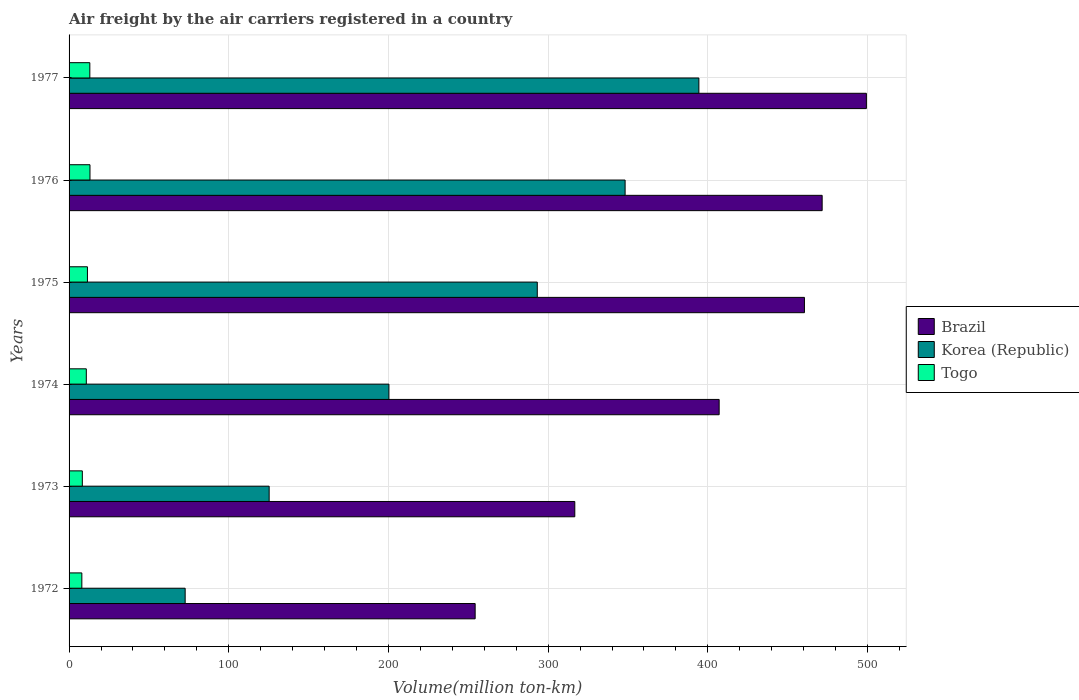
| Years | Brazil | Korea (Republic) | Togo |
 | --- | --- | --- | --- |
 | 1972 | 254 | 72.7 | 8 |
 | 1973 | 317 | 125 | 8.3 |
 | 1974 | 407 | 200 | 10.8 |
 | 1975 | 460 | 293 | 11.5 |
 | 1976 | 472 | 348 | 13.1 |
 | 1977 | 499 | 394 | 13 |